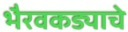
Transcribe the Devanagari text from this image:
भैरवकड्याचे